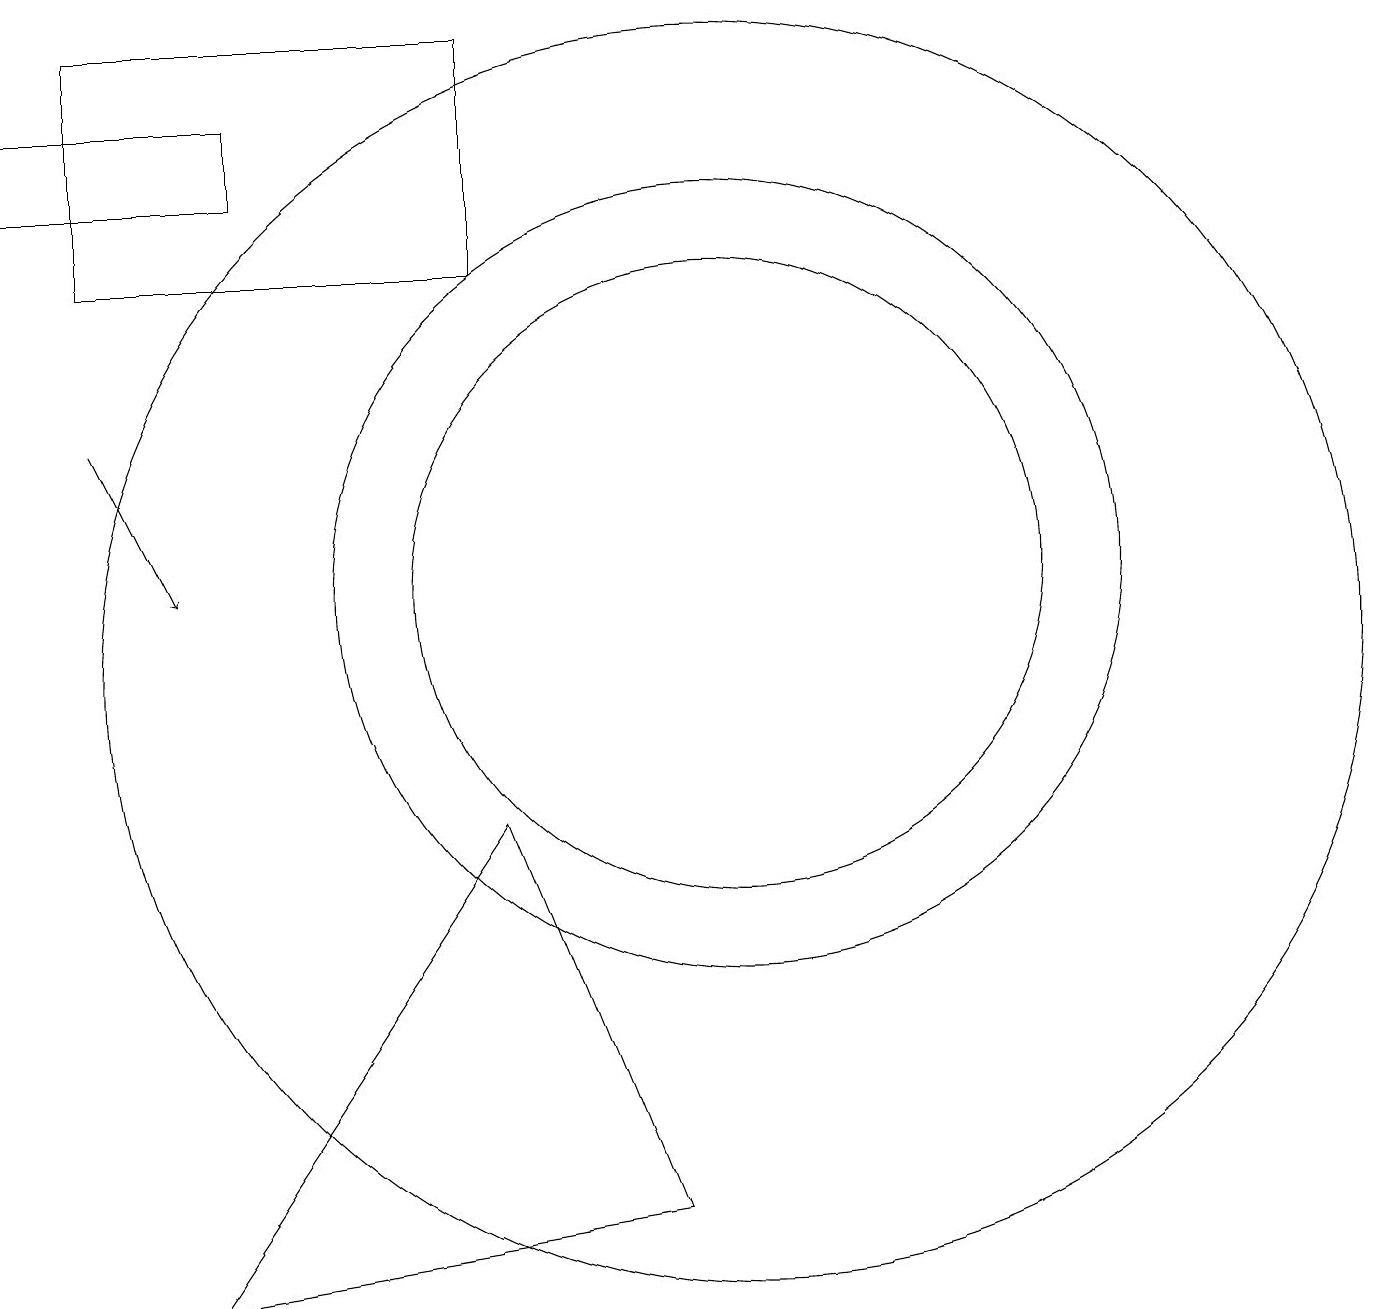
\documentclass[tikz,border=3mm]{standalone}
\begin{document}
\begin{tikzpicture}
\draw (10,11) circle (4);
\draw (1,17) rectangle (4,16);
\draw[->] (2,13) -- (3,11);
\draw (2,18) rectangle (7,15);
\draw (9,3) -- (7,8) -- (3,2) -- cycle;
\draw (10,11) circle (5);
\draw (10,10) circle (8);
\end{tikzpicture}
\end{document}